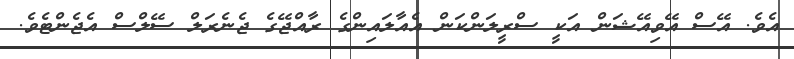
އެވެ. އޭސް އޭވިއޭޝަން އަކީ ސްރީލަންކަން އެއާލައިންގެ ރާއްޖޭގެ ޖެނެރަލް ސޭލްސް އެޖެންޓެވެ.